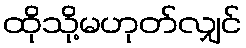
ထိုသို့မဟုတ်လျှင်